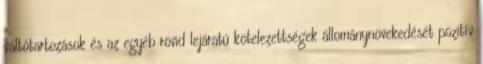
váltótartozások és az egyéb rövid lejáratú kötelezettségek állománynövekedését pozitív